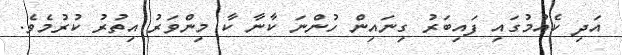
އަދި ކެއުމުގައި ފައިބަރު ގިނައިން ހުންނަ ކާނާ ކާ މިންވަރު އިތުރު ކުރުމެވެ.